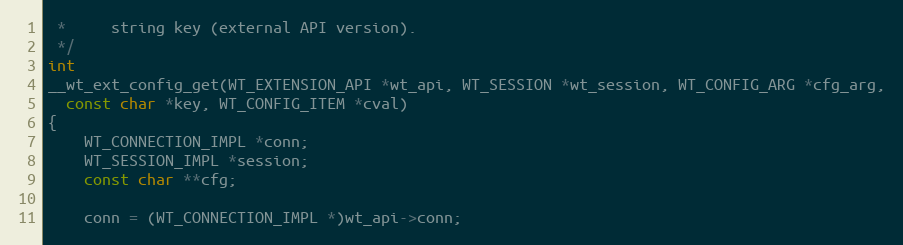
Language: C
 *     string key (external API version).
 */
int
__wt_ext_config_get(WT_EXTENSION_API *wt_api, WT_SESSION *wt_session, WT_CONFIG_ARG *cfg_arg,
  const char *key, WT_CONFIG_ITEM *cval)
{
    WT_CONNECTION_IMPL *conn;
    WT_SESSION_IMPL *session;
    const char **cfg;

    conn = (WT_CONNECTION_IMPL *)wt_api->conn;